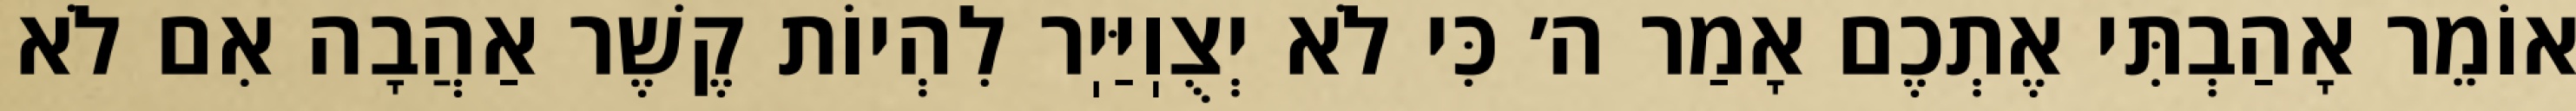
אוֹמֵר אָהַבְתִּי אֶתְכֶם אָמַר ה׳ כִּי לֹא יְצֻוֽיַּיֽר לִהְיוֹת קֶשֶׁר אַהֲבָה אִם לֹא